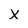
Character: x